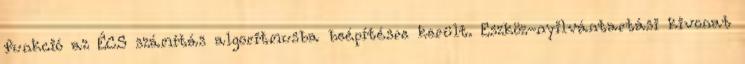
funkció az ÉCS számítás algoritmusba beépítésre került. Eszköz-nyilvántartási kivonat